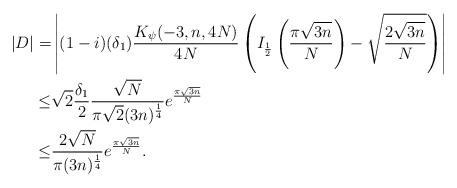
LaTeX: \begin{align*}|D|=&\left|(1-i)(\delta_1)\frac{K_{\psi}(-3,n,4N)}{4N}\left(I_{\frac 12}\left(\frac{\pi\sqrt{3n}}{N}\right)-\sqrt{\frac{2\sqrt{3n}}{N}}\right)\right|\\\leq& \sqrt{2}\frac{\delta_1}{2}\frac{\sqrt{N}}{\pi\sqrt{2}(3n)^\frac 14}e^{\frac{\pi\sqrt{3n}}{N}}\\\leq& \frac{2\sqrt{N}}{\pi(3n)^\frac 14}e^{\frac{\pi\sqrt{3n}}{N}}.\end{align*}